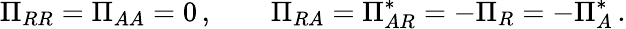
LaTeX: \Pi_{RR}=\Pi_{AA}=0\, ,\qquad\Pi_{RA}=\Pi_{AR}^{*}=-\Pi_{R}=-\Pi_{A}^{*}\, .